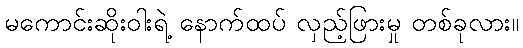
မကောင်းဆိုးဝါးရဲ့ နောက်ထပ် လှည့်ဖြားမှု တစ်ခုလား။